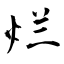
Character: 烂